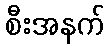
စီးအနက်